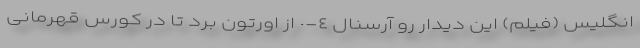
انگلیس (فیلم) اين ديدار رو آرسنال ٤-٠ از اورتون برد تا در كورس قهرمانى